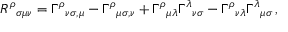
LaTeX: R ^ { \rho } { } _ { \sigma \mu \nu } = \Gamma ^ { \rho } { } _ { \nu \sigma , \mu } - \Gamma ^ { \rho } { } _ { \mu \sigma , \nu } + \Gamma ^ { \rho } { } _ { \mu \lambda } \Gamma ^ { \lambda } { } _ { \nu \sigma } - \Gamma ^ { \rho } { } _ { \nu \lambda } \Gamma ^ { \lambda } { } _ { \mu \sigma } \, ,